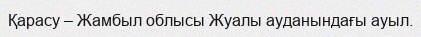
Қарасу – Жамбыл облысы Жуалы ауданындағы ауыл.